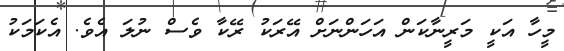
މީހާ އަކީ މަރީނާކަން އަހަންނަށް އޭރަކު ރޭކާ ވެސް ނުލަ އެވެ. އެކަމަކު